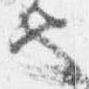
也